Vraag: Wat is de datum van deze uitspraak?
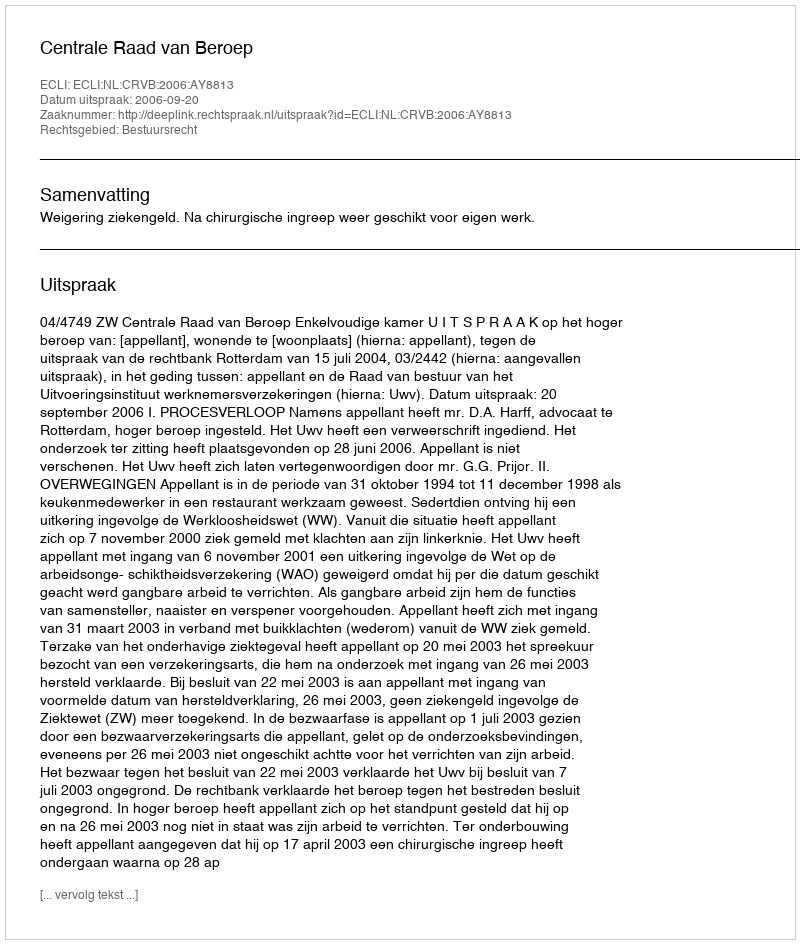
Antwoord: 2006-09-20